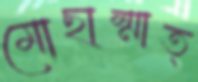
মোছাম্মাত্